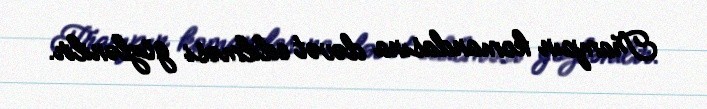
Trampın komandasına dəvət edilməsi gözlənilir.